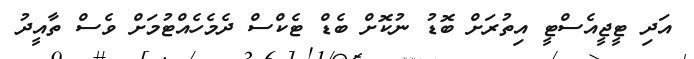
އަދި ޓީޖީއެސްޓީ އިތުރަށް ބޮޑު ނުކޮށް ބެޑް ޓެކްސް ދެމެހެއްޓުމަށް ވެސް ތާއީދު